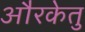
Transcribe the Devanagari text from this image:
औरकेतु